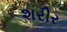
શરીર